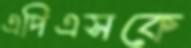
এপিএসকে